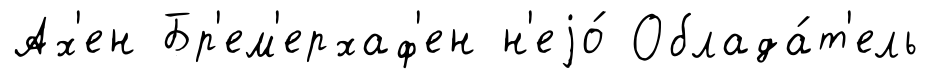
Ах'ен Бр'ем'ерхаф'ен н'еjо́ Облада́т'ель